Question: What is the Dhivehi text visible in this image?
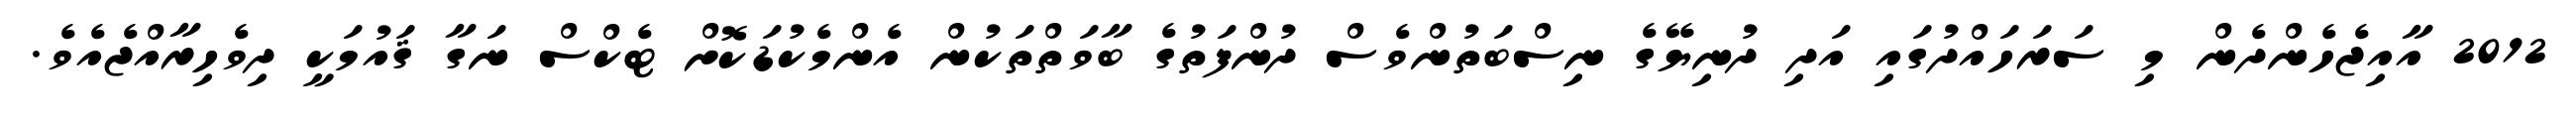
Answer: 2012 އާއިޖެހެންދެން މި ސަރަހައްދުގައި އަދި ދުނިޔޭގެ ނިސްބަތުންވެސް ދުންފަތުގެ ބާވަތްތަކުން އެންމެކުޑަކޮށް ޓެކްސް ނަގާ ޤައުމަކީ ދިވެހިރާއްޖެއެވެ.